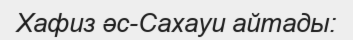
Хафиз әс-Сахауи айтады: